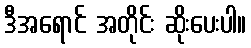
ဒီအရောင် အတိုင်း ဆိုးပေးပါ။